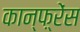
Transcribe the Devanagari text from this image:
कान्फ़्रेंस